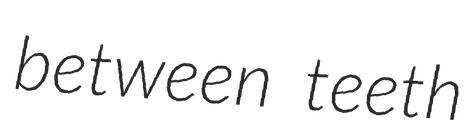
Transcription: between teeth